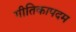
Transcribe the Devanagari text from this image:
गीतिकापदम